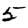
Digit: 5